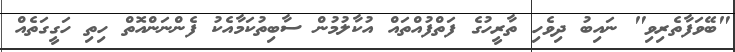
"ބޭވަފާތެރިވި" ނައިބު ދިވެހި ތާރީހުގެ ފަތްފުއްތައް އުކާލުމުން ސާބިތުކަމާއެކު ފެންނަންއޮތް ހިތި ހަގީގަތެއް